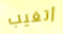
أتغيب